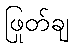
ဖြုတ်ချ